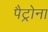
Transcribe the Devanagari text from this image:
पैट्रोना